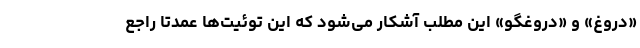
«دروغ» و «دروغگو» این مطلب آشکار می‌شود که این توئیت‌ها عمدتا راجع